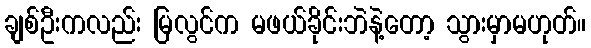
ချစ်ဦးကလည်း မြလွင်က မဖယ်ခိုင်းဘဲနဲ့တော့ သွားမှာမဟုတ်။